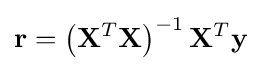
\mathbf {r} =\left(\mathbf {X} ^{T}\mathbf {X} \right)^{-1}\mathbf {X} ^{T}\mathbf {y}